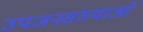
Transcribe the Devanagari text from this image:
उपजनसंख्याओं